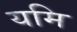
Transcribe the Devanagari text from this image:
यमि